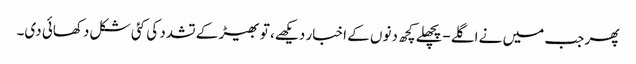
پھر جب میں نے اگلے-پچھلے کچھ دنوں کے اخبار دیکھے، تو بھیڑ کے تشدد کی کئی شکل دکھائی دی۔